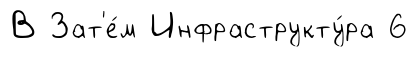
В Зат'е́м Инфраструкту́ра 6